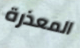
المعذرة